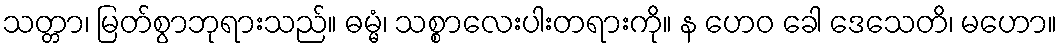
သတ္တာ၊ မြတ်စွာဘုရားသည်။ ဓမ္မံ၊ သစ္စာလေးပါးတရားကို။ န ဟေဝ ခေါ ဒေသေတိ၊ မဟော။